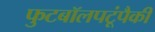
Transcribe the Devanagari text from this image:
फुटबॉलपटूंपैकी